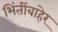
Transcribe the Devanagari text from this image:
भिंतींबाहेर